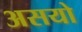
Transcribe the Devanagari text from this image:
असयो